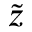
\widetilde { z }